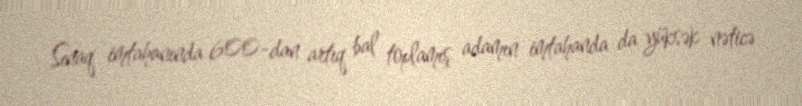
Sınaq imtahanında 600-dan artıq bal toplamış adamın imtahanda da yüksək nəticə